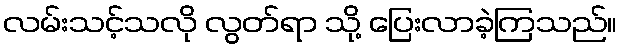
လမ်းသင့်သလို လွတ်ရာ သို့ ပြေးလာခဲ့ကြသည်။